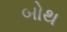
બોથ